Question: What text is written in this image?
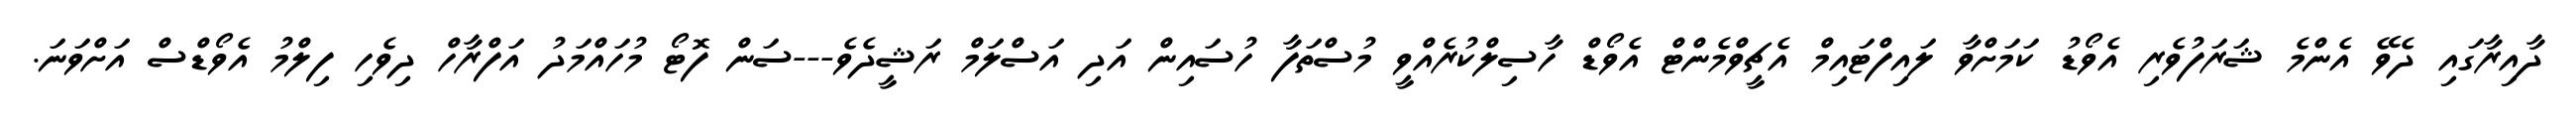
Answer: ދާއިރާގައި ދެވޭ އެންމެ ޝަރަފުވެރި އެވޯޑު ކަމަށްވާ ލައިފްޓައިމް އެޗީވްމެންޓް އެވޯޑް ހާސިލްކުރެއްވީ މުސްތަފާ ހުސައިން އަދި އަސްލަމް ރަޝީދެވެ---ސަން ފޮޓޯ މުހައްމަދު އަފްރާހް ދިވެހި ފިލްމު އެވޯޑްސް އަށްވަނަ.